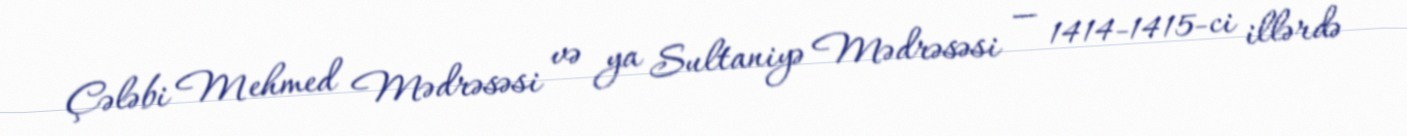
Çələbi Mehmed Mədrəsəsi və ya Sultaniyə Mədrəsəsi — 1414-1415-ci illərdə